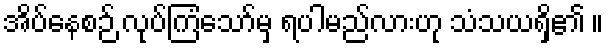
အိပ်နေစဉ် လုပ်ကြံသော်မှ ရပါမည်လားဟု သံသယရှိ၏ ။